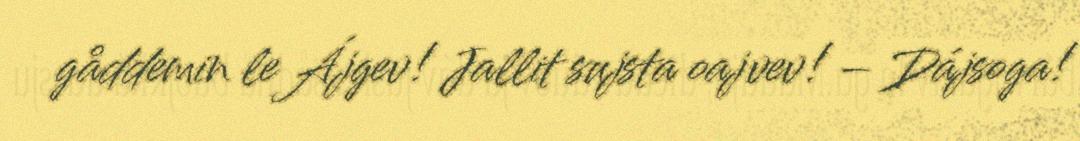
gåddemin le Ájgev! Jallit sujsta oajvev! – Dájsoga!